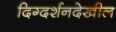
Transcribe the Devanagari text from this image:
दिग्दर्शनदेखील